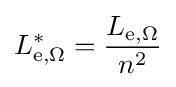
L_{\mathrm {e} ,\Omega }^{*}={\frac {L_{\mathrm {e} ,\Omega }}{n^{2}}}